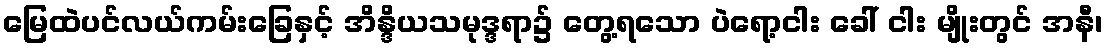
မြေထဲပင်လယ်ကမ်းခြေနှင့် အိန္ဒိယသမုဒ္ဒရာ၌ တွေ့ရသော ပဲရော့ငါး ခေါ် ငါး မျိုးတွင် အနီ၊